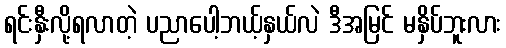
ရင်းနှီးလို့ရလာတဲ့ ပညာပေါ့ဘယ့်နှယ်လဲ ဒီအမြင် မနှိပ်ဘူးလား